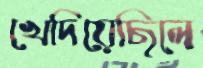
খেদিয়েছিলে